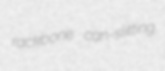
rackbone can-slitting